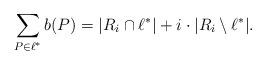
LaTeX: \begin{align*} \sum_{P \in \ell^*} b(P) = |R_i \cap \ell^*|+i\cdot|R_i\setminus \ell^*|. \end{align*}